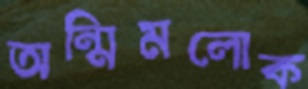
অন্মিমলোক